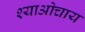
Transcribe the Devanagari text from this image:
श्याओचाय